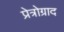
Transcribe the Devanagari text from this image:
प्रेत्रोग्राद